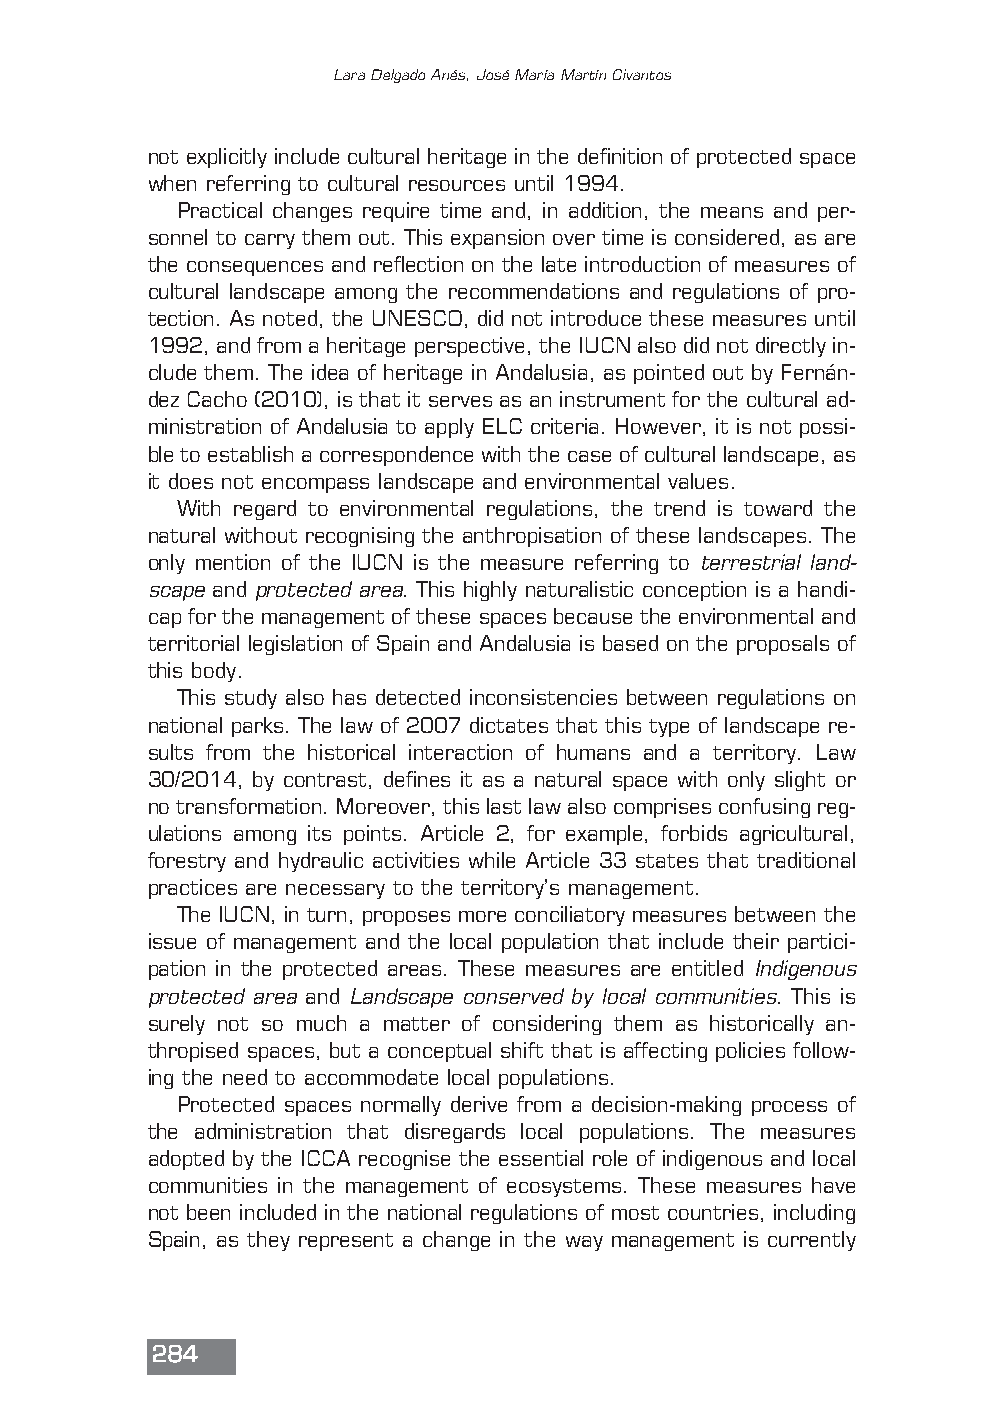
Lara Delgado Anés, José María Martín Civantos
 not explicitly include cultural heritage in the definition of protected space
 when referring to cultural resources until 1994.
 Practical changes require time and, in addition, the means and per-
 sonnel to carry them out. This expansion over time is considered, as are
 the consequences and reflection on the late introduction of measures of
 cultural landscape among the recommendations and regulations of pro-
 tection. As noted, the UNESCO, did not introduce these measures until
 1992, and from a heritage perspective, the IUCN also did not directly in-
 clude them. The idea of heritage in Andalusia, as pointed out by Fernán-
 dez Cacho (2010), is that it serves as an instrument for the cultural ad-
 ministration of Andalusia to apply ELC criteria. However, it is not possi-
 ble to establish a correspondence with the case of cultural landscape, as
 it does not encompass landscape and environmental values.
 With regard to environmental regulations, the trend is toward the
 natural without recognising the anthropisation of these landscapes. The
 only mention of the IUCN is the measure referring to terrestrial land-
 scapeand protected area. This highly naturalistic conception is a handi-
 cap for the management of these spaces because the environmental and
 territorial legislation of Spain and Andalusia is based on the proposals of
 this body.
 This study also has detected inconsistencies between regulations on
 national parks. The law of 2007 dictates that this type of landscape re-
 sults from the historical interaction of humans and a territory. Law
 30/2014, by contrast, defines it as a natural space with only slight or
 no transformation. Moreover, this last law also comprises confusing reg-
 ulations among its points. Article 2, for example, forbids agricultural,
 forestry and hydraulic activities while Article 33 states that traditional
 practices are necessary to the territory’s management.
 The IUCN, in turn, proposes more conciliatory measures between the
 issue of management and the local population that include their partici-
 pation in the protected areas. These measures are entitled Indigenous
 protected areaand Landscape conserved by local communities. This is
 surely not so much a matter of considering them as historically an-
 thropised spaces, but a conceptual shift that is affecting policies follow-
 ing the need to accommodate local populations.
 Protected spaces normally derive from a decision-making process of
 the administration that disregards local populations. The measures
 adopted by the ICCA recognise the essential role of indigenous and local
 communities in the management of ecosystems. These measures have
 not been included in the national regulations of most countries, including
 Spain, as they represent a change in the way management is currently
 284